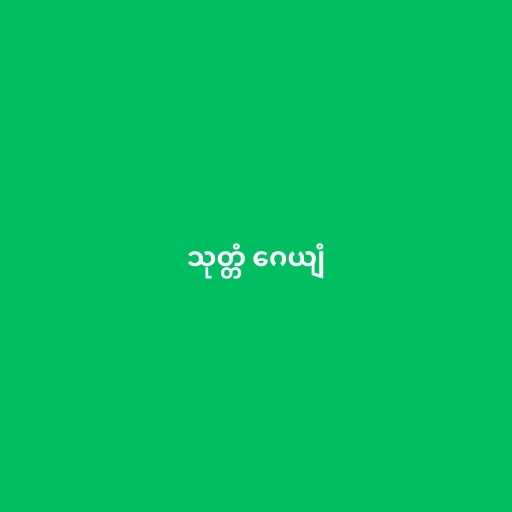
သုတ္တံ ဂေယျံ